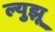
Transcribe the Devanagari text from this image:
ल्युझू